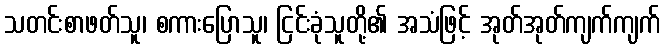
သတင်းစာဖတ်သူ၊ စကားပြောသူ၊ ငြင်းခုံသူတို့၏ အသံဖြင့် အုတ်အုတ်ကျက်ကျက်